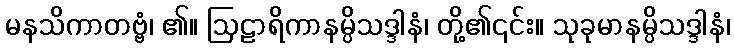
မနသိကာတဗ္ဗံ၊ ၏။ ဩဠာရိကာနမ္ပိသဒ္ဒါနံ၊ တို့၏၎င်း။ သုခုမာနမ္ပိသဒ္ဒါနံ၊